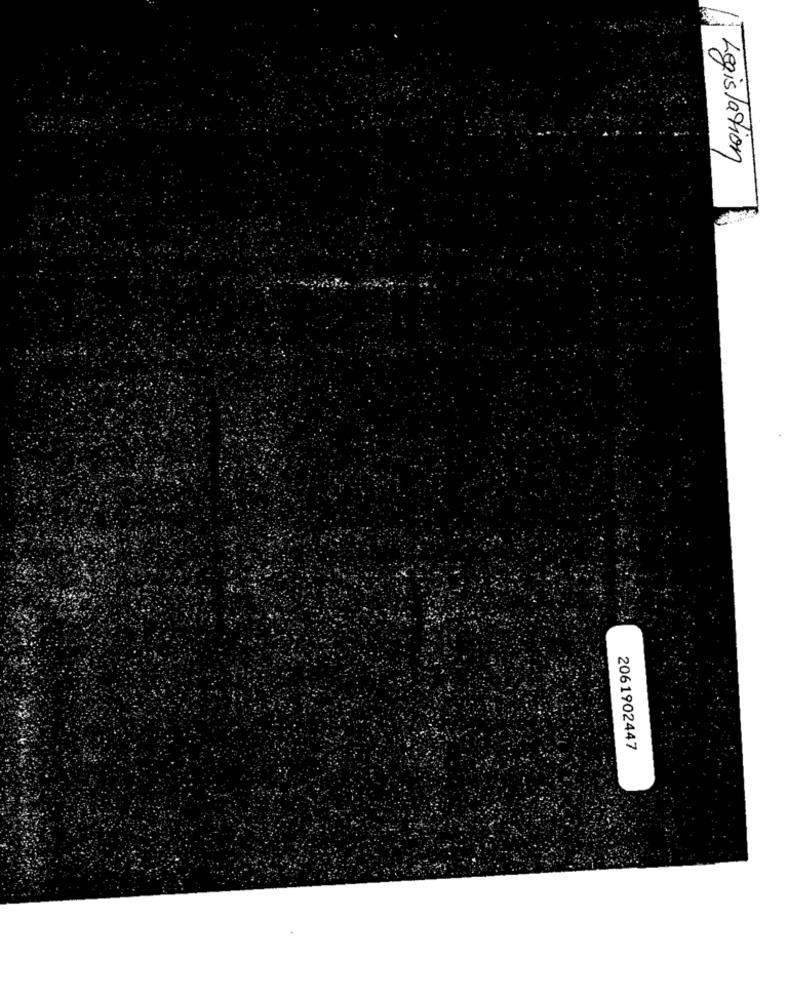
Legislation
2061902447